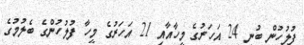
ފުލުހުން ބުނީ 24 އަހަރުގެ މީހާއާއި 21 އަހަރުގެ މީހާ ފުލުހުންގެ ބެލުމުގެ